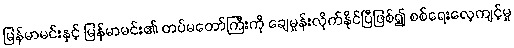
မြန်မာမင်းနှင့် မြန်မာမင်း၏ တပ်မတော်ကြီးကို ချေမှုန်းလိုက်နိုင်ပြီဖြစ်၍ စစ်ရေးလေ့ကျင့်မှု